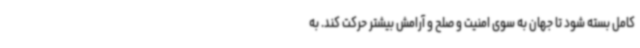
کامل بسته شود تا جهان به سوی امنیت و صلح و آرامش بیشتر حرکت کند. به